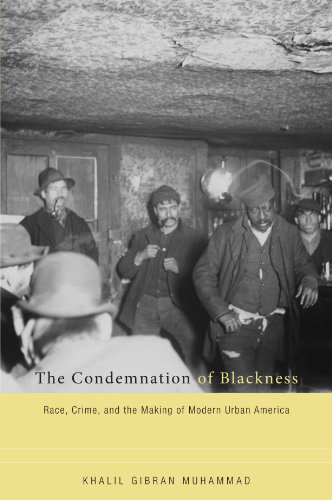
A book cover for The Condemnation of Blackness: Race, Crime, and the Making of Modern Urban America; Khalil Gibran Muhammad; Law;